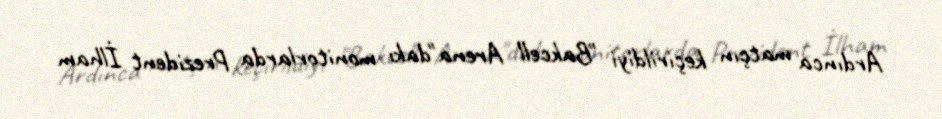
Ardınca matçın keçirildiyi "Bakcell Arena"dakı monitorlarda Prezident İlham